Annual report on the mental hospital in the Central Provinces and Berar (Nagpur) - 1927-1951
Year: 1927
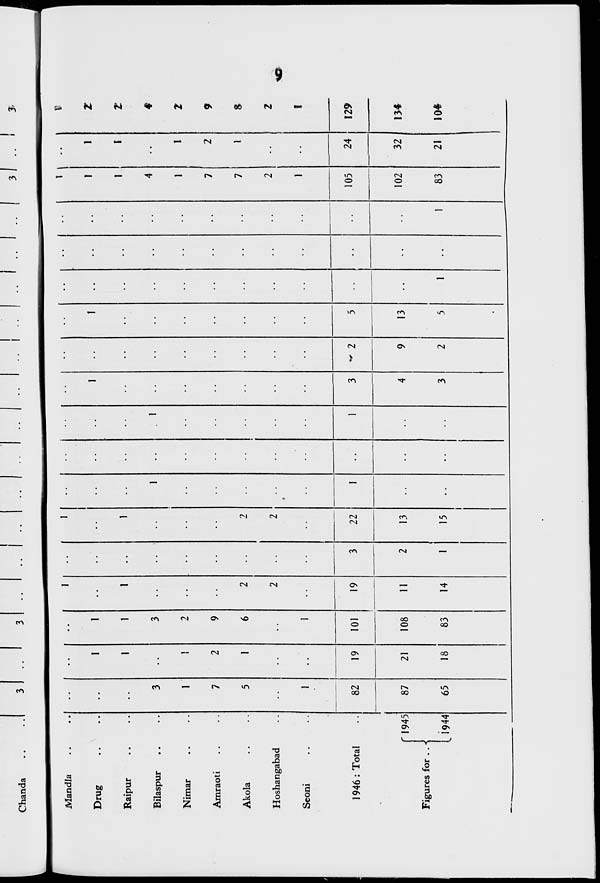
Chanda
Mandla
Drug
Raipur
Bilaspur
Nimar
Amraoti
Akola
Hoshangabad
Seoni
1946: Total
Figures for .. ■{
1945
1944
3 I .. i
3>
I
1
. .
1
1
1
1
1
3
3
1
i
i
2
7
2
9
5
1
6
2
2
1
1
82
19
101
19
11
3
87
21
108
2
65
18
83
14
1
22
13
15
~ 2
13
1
!
1
4
1
7
7
2
1
105
102
83
I
2
1
24
32
21
Z
z
4
2
9
S
2
I
129
134
104